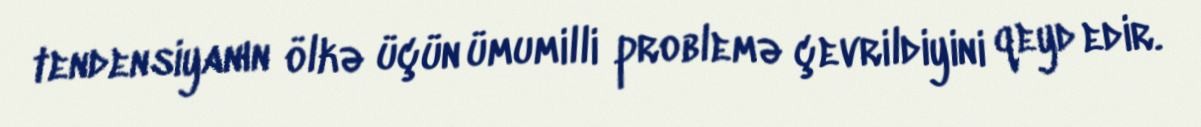
tendensiyanın ölkə üçün ümumilli problemə çevrildiyini qeyd edir.